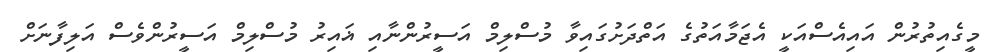
މީގެއިތުރުން އައިއެސްއަކީ އެޖަމާއަތުގެ އަތްދަށުގައިވާ މުސްލިމް އަސީރުންނާއި ޣައިރު މުސްލިމް އަސީރުންވެސް އަލިފާނަށް